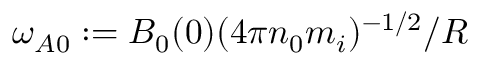
\omega _ { A 0 } : = B _ { 0 } ( 0 ) ( 4 \pi n _ { 0 } m _ { i } ) ^ { - 1 / 2 } / R